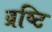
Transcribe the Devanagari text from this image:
व्रष्टि